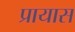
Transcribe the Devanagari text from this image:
प्रायास